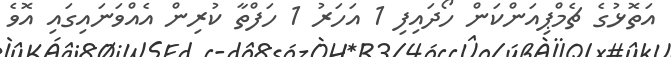
އަތޮޅުގެ ޗެމްޕިއަންކަން ހޯދައިފި 1 އަހަރު 1 ހަފްތާ ކުރިން އެއްވަނައިގައި އޮވެ